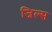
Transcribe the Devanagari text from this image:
जिल्स